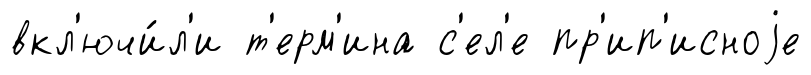
вкл'ючи́л'и т'ерм'ина с'ел'е пр'ип'исноjе